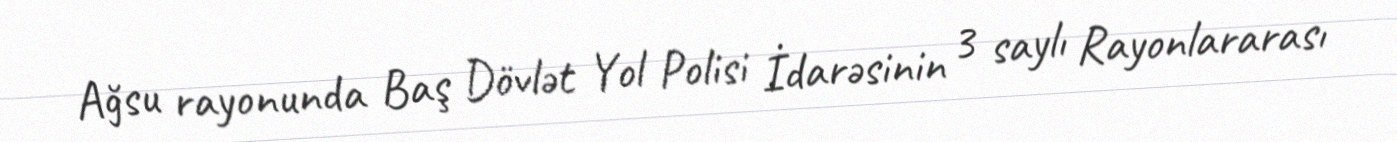
Ağsu rayonunda Baş Dövlət Yol Polisi İdarəsinin 3 saylı Rayonlararası